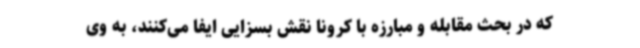
که در بحث مقابله و مبارزه با کرونا نقش بسزایی ایفا می‌کنند، به وی